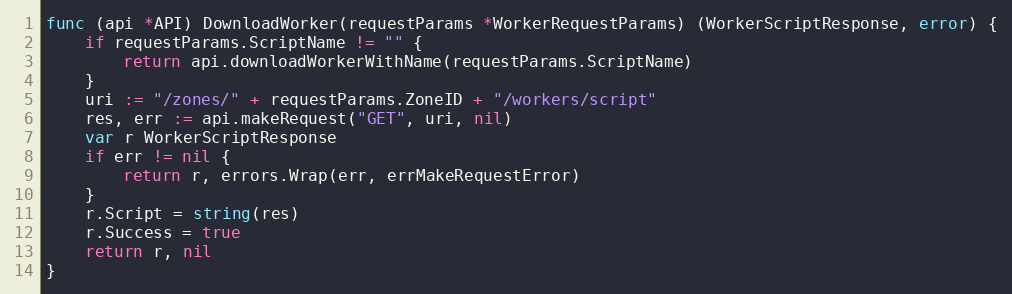
Language: Go
func (api *API) DownloadWorker(requestParams *WorkerRequestParams) (WorkerScriptResponse, error) {
	if requestParams.ScriptName != "" {
		return api.downloadWorkerWithName(requestParams.ScriptName)
	}
	uri := "/zones/" + requestParams.ZoneID + "/workers/script"
	res, err := api.makeRequest("GET", uri, nil)
	var r WorkerScriptResponse
	if err != nil {
		return r, errors.Wrap(err, errMakeRequestError)
	}
	r.Script = string(res)
	r.Success = true
	return r, nil
}